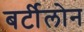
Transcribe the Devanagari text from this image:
बर्टीलोन